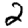
Digit: 2